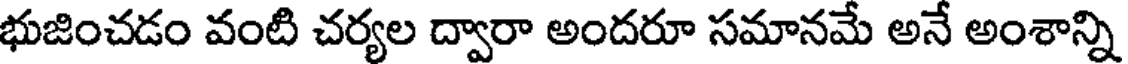
భుజించడం వంటి చర్యల ద్వారా అందరూ సమానమే అనే అంశాన్ని